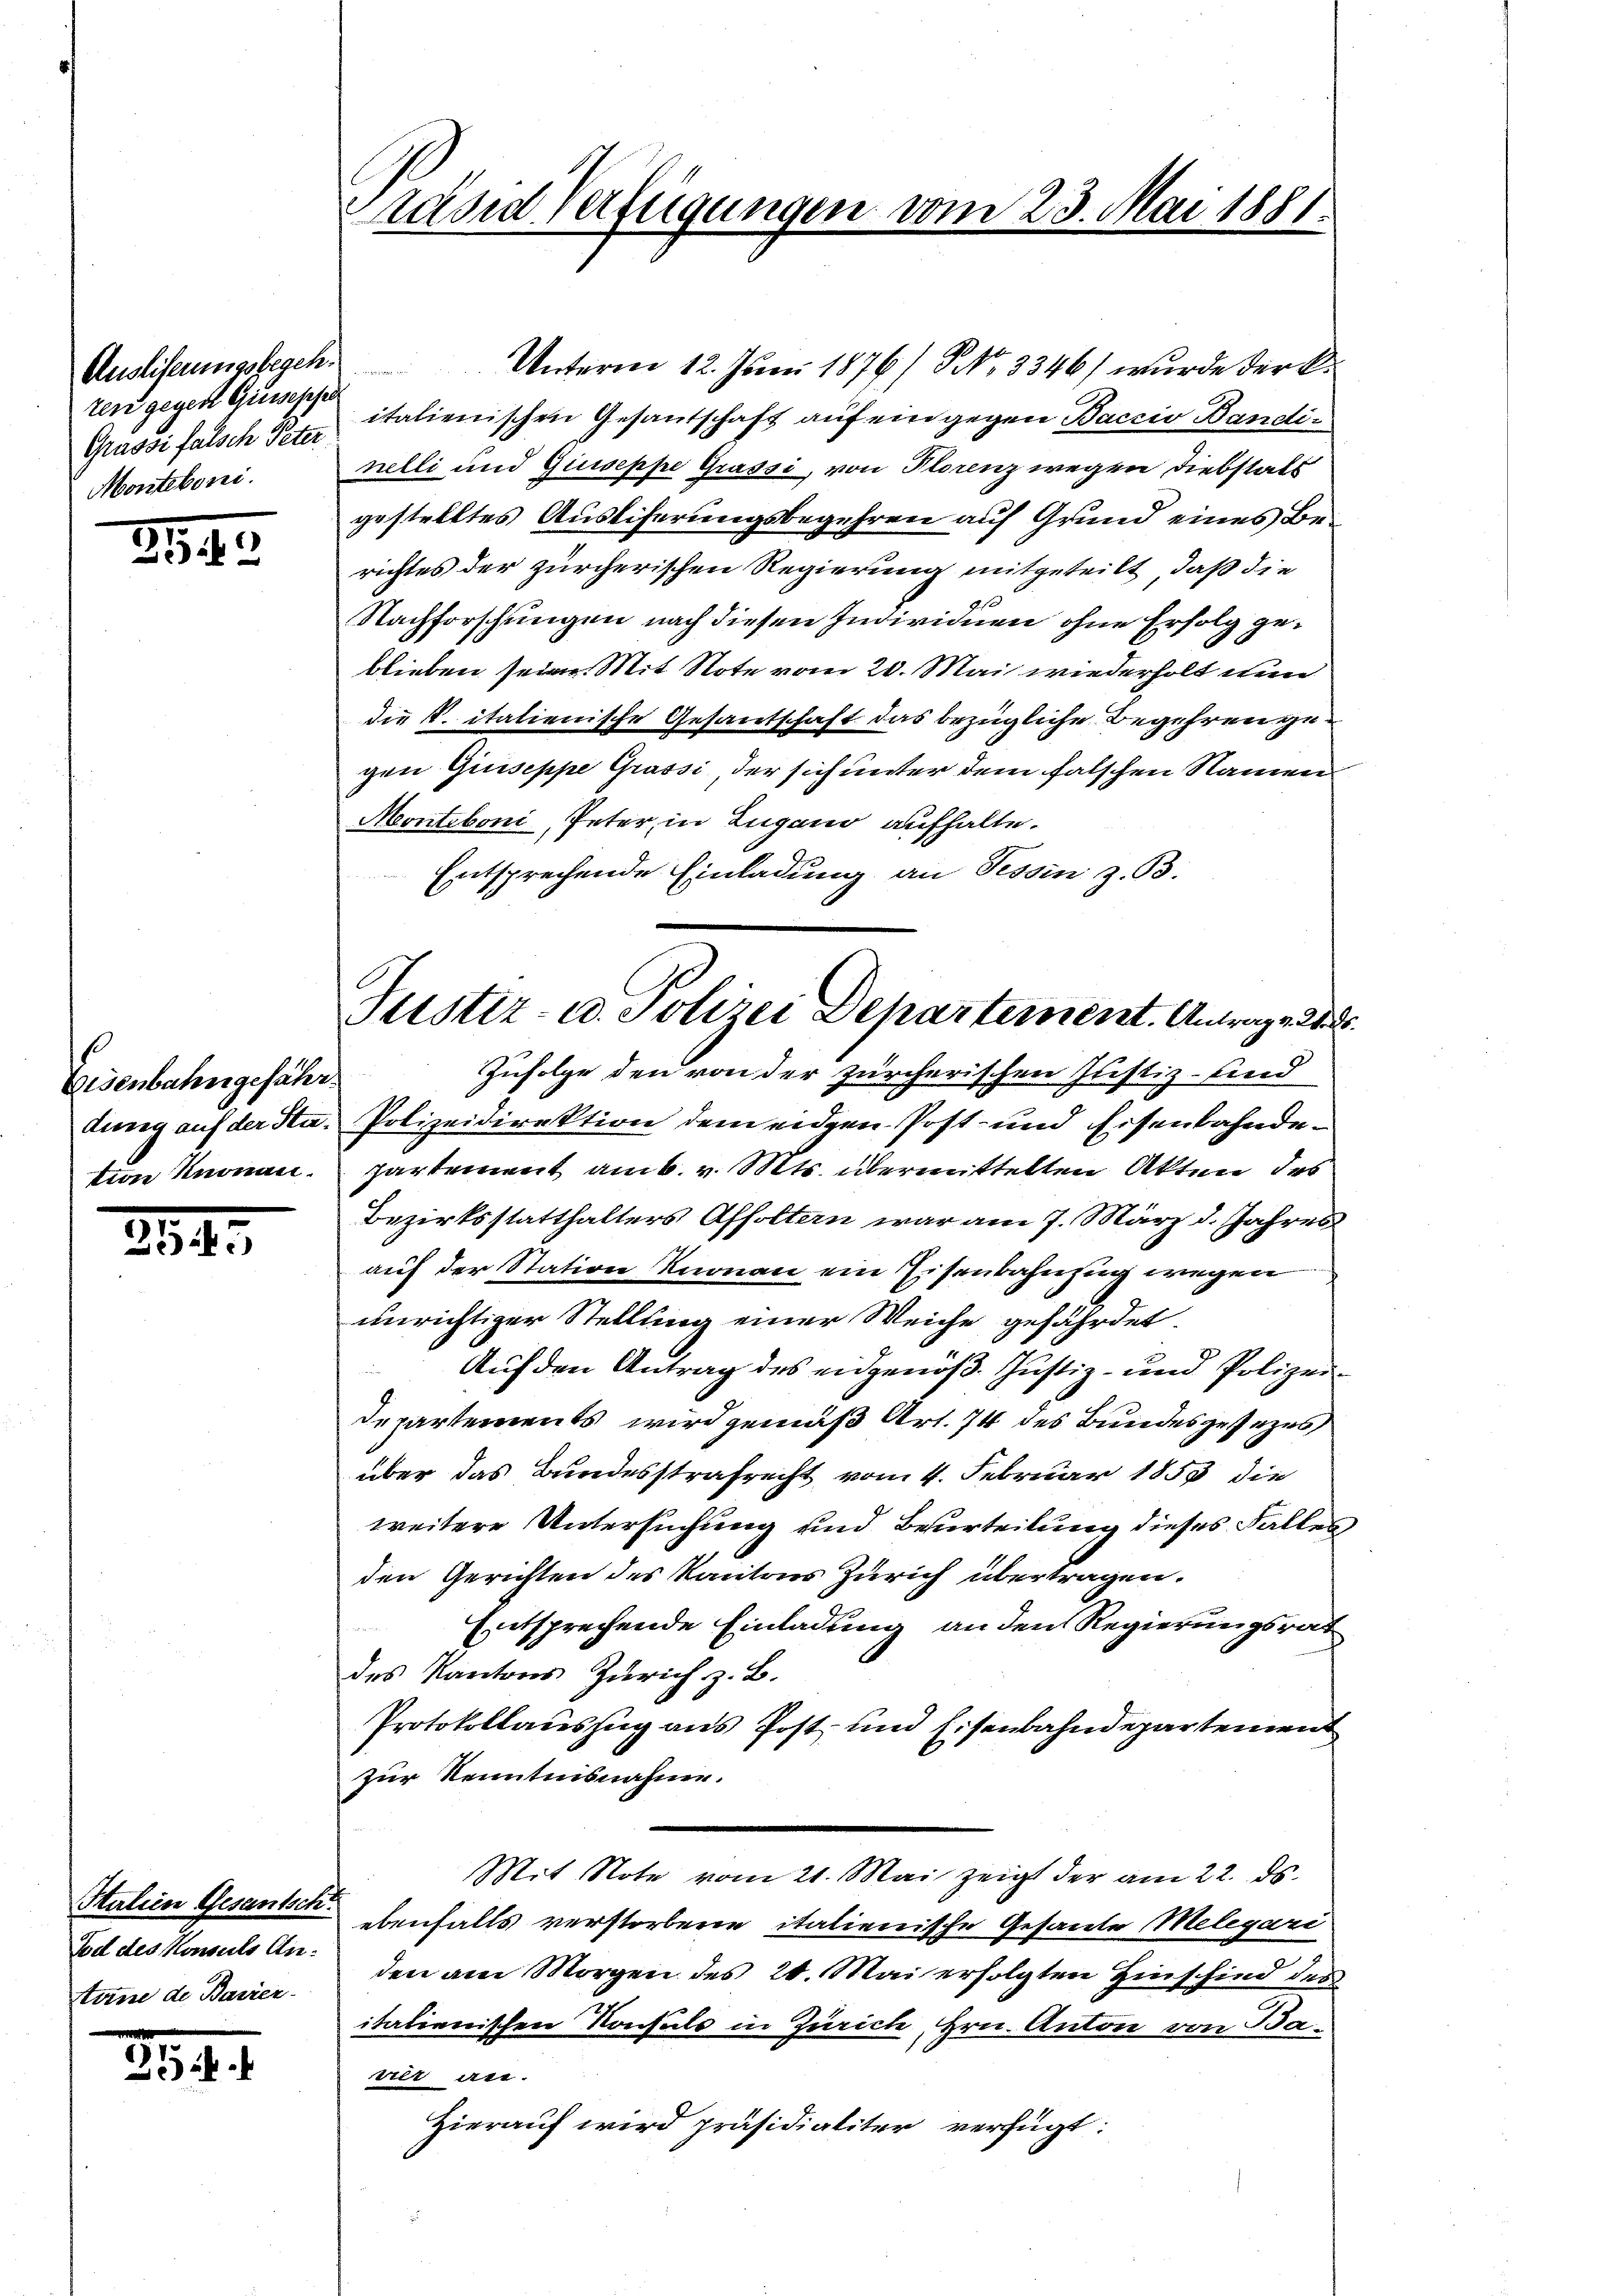
Auslieferungsbegeh
ren gegen Grussesser
Grussi falsch Peter
Montekori.

2545

Eisenbahngefährtion Knonau.

5
5

Salien Gesantsch
Tod des Konsuls Antune de Bavier

354

Prasen Verfügungen vom 23. Mai 1881.

Justiz- u. Polizei Departement. Antrage d

Unterm 12. Juni 1876/ 5 No 3346) wurde der k.
italienischen Gesantschaft auf ein gegen Baccio Bandinelli und Quiseppe Grassi, von Florenz wegen Diebstals
gestelltes Auslieferungsbegehren auf Grund eines Berichtes der zürcherischen Regierung mitgeteilt, daß die
Nachforschungen nach diesen Individuen ohne Erfolg geblieben seine Mit Note vom 20. Mai wiederholt nun
die k. italienische Gesandschaft das bezügliche Begehren gegen Guiseppe Grassi, der sich unter dem falschen Namen
Monteboni, Peter, in Lugano aufhalte.
Entsprechende Einladung an Tessin z. B.
Zufolge den von der zürcherischen Justiz- und
dung auf der Sta- Polizeidirektion dem eidgen Post- und Eisenbahndepartement amb. v. Mts. übermittelten Akten des
Bezirksstatthalters Affoltern war am 7. März d. Jahres
auf der Station Knonau ein Eisenbahnzug wegen
unrichtiger Stellung einer Weiche gefährdet.
Auf den Antrag des eidgenöß. Justiz- und Polizei¬
Departements wird gemäß Art. 74 des Bundesgesezes
über das Bundesstrafrecht vom 4. Februar 1853 die
weitere Untersuchung und Beurteilung dieses Fallen
den Gerichten des Kantons Zürich übertragen.
Entsprechende Einladung an den Regierungsrat
des Kantons Zürich z. B.
Protokollauszug aus Post- und Eisenbahndepartement
zur Kenntnisnahme.
Mit Note vom 21. Mai zeigt der am 22. ds.
ebenfalls verstorbene italienische Gesande Melegare
den am Morgen des 20. Mai erfolgten Hinschied des
italienischen Konsuls in Zürich, Hrn. Anton von Bavier an.
Hierauf wird präsidialiter verfügt: